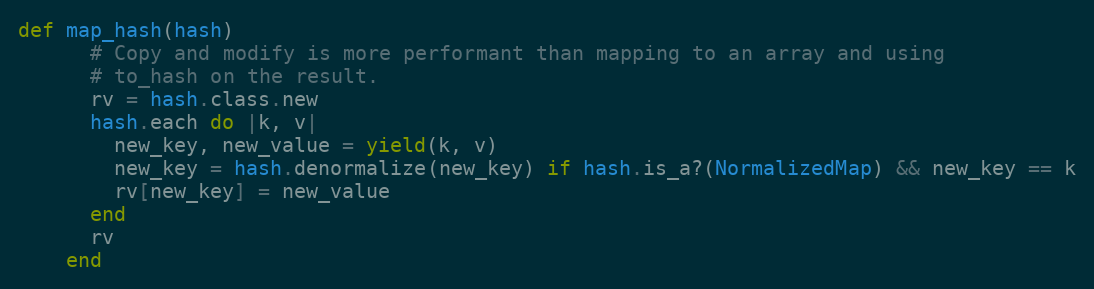
Language: Ruby
def map_hash(hash)
      # Copy and modify is more performant than mapping to an array and using
      # to_hash on the result.
      rv = hash.class.new
      hash.each do |k, v|
        new_key, new_value = yield(k, v)
        new_key = hash.denormalize(new_key) if hash.is_a?(NormalizedMap) && new_key == k
        rv[new_key] = new_value
      end
      rv
    end